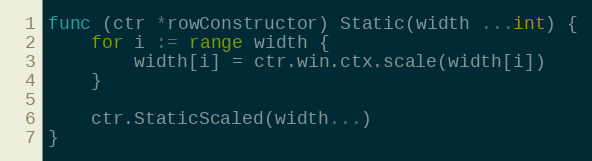
Language: Go
func (ctr *rowConstructor) Static(width ...int) {
	for i := range width {
		width[i] = ctr.win.ctx.scale(width[i])
	}

	ctr.StaticScaled(width...)
}